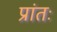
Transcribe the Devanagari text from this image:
प्रांतः